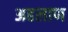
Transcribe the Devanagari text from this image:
अहलाण